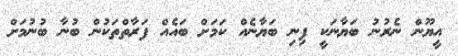
އީޔޫން ނެރުނު ބަޔާނަކީ ފިނި ބަޔާނެއް ކަމަށް ބައެއް ފަރާތްތަކުން ބުނާ ބުނުމަށް